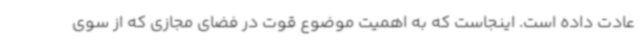
عادت داده است. اینجاست که به اهمیت موضوع قوت در فضای مجازی که از سوی